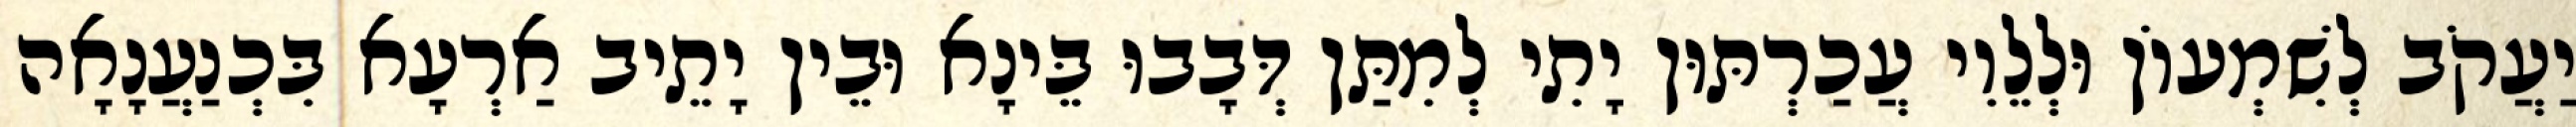
יַעֲקֹב לְשִׁמְעוֹן וּלְלֵוִי עֲכַרְתּוּן יָתִי לְמִתַּן דְּבָבוּ בֵּינָא וּבֵין יָתֵיב אַרְעָא בִּכְנַעֲנָאָה